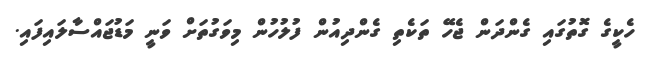
ހެކީގެ ގޮތުގައި ގެންދަން ޖެހޭ ތަކެތި ގެންދިއުން ފުލުހުން މިވަގުތަށް ވަނީ މަޑުޖައްސާލައިފައި.